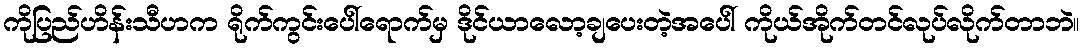
ကိုပြည်ဟိန်းသီဟက ရိုက်ကွင်းပေါ်ရောက်မှ ဒိုင်ယာလော့ချပေးတဲ့အပေါ် ကိုယ်အိုက်တင်လုပ်လိုက်တာဘဲ။